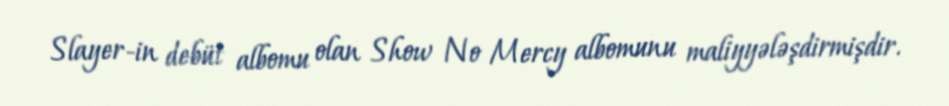
Slayer-in debüt albomu olan Show No Mercy albomunu maliyyələşdirmişdir.